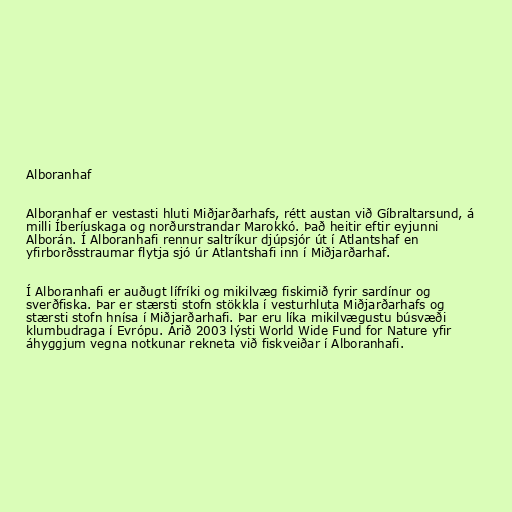
Alboranhaf

Alboranhaf er vestasti hluti Miðjarðarhafs, rétt austan við Gíbraltarsund, á
milli Íberíuskaga og norðurstrandar Marokkó. Það heitir eftir eyjunni
Alborán. Í Alboranhafi rennur saltríkur djúpsjór út í Atlantshaf en
yfirborðsstraumar flytja sjó úr Atlantshafi inn í Miðjarðarhaf.

Í Alboranhafi er auðugt lífríki og mikilvæg fiskimið fyrir sardínur og
sverðfiska. Þar er stærsti stofn stökkla í vesturhluta Miðjarðarhafs og
stærsti stofn hnísa í Miðjarðarhafi. Þar eru líka mikilvægustu búsvæði
klumbudraga í Evrópu. Árið 2003 lýsti World Wide Fund for Nature yfir
áhyggjum vegna notkunar rekneta við fiskveiðar í Alboranhafi.